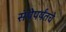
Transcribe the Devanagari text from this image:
संपेपर्यंतचे